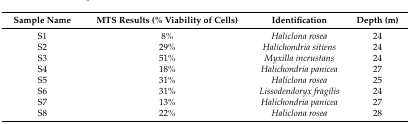
<table><thead><tr><td><b>Sample Name</b></td><td><b>MTS Results (% Viability of Cells)</b></td><td><b>Identification</b></td><td><b>Depth (m)</b></td></tr></thead><tbody><tr><td>S1</td><td>8%</td><td><i>Haliclona rosea</i></td><td>24</td></tr><tr><td>S2</td><td>29%</td><td><i>Halichondria sitiens</i></td><td>24</td></tr><tr><td>S3</td><td>51%</td><td><i>Myxilla incrustans</i></td><td>24</td></tr><tr><td>S4</td><td>18%</td><td><i>Halichondria panicea</i></td><td>27</td></tr><tr><td>S5</td><td>31%</td><td><i>Haliclona rosea</i></td><td>25</td></tr><tr><td>S6</td><td>31%</td><td><i>Lissodendoryx fragilis</i></td><td>24</td></tr><tr><td>S7</td><td>13%</td><td><i>Halichondria panicea</i></td><td>27</td></tr><tr><td>S8</td><td>22%</td><td><i>Haliclona rosea</i></td><td>28</td></tr></tbody></table>